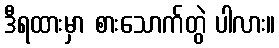
ဒီရထားမှာ စားသောက်တွဲ ပါလား။